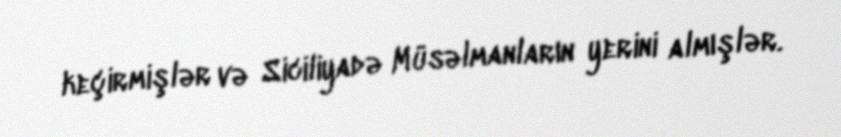
keçirmişlər və Siciliyadə Müsəlmanların yerini almışlər.